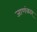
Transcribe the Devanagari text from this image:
जाणंकार